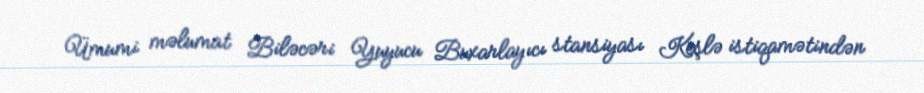
Ümumi məlumat Biləcəri Yuyucu Buxarlayıcı stansiyası Keşlə istiqamətindən